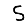
Digit: 5